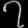
Digit: ၇